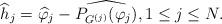
LaTeX: \begin{align*}\widehat{h}_{j} = \widehat{\varphi}_{j} - \widehat{P_{G^{(j)}}(\varphi_{j})}, 1\leq j \leq N.\end{align*}